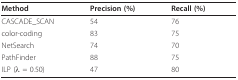
| Method | Precision (%) | Recall (%) |
 | --- | --- | --- |
 | CASCADE_SCAN | 54 | 76 |
 | color-coding | 83 | 75 |
 | NetSearch | 74 | 70 |
 | PathFinder | 88 | 75 |
 | ILP (λ = 0.50) | 47 | 80 |